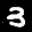
Label: 3